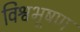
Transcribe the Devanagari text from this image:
विश्वभूषण